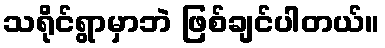
သရိုင်ရွာမှာဘဲ ဖြစ်ချင်ပါတယ်။